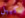
كيبل